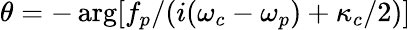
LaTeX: \theta=-\arg[f_{p}/(i(\omega_{c}-\omega_{p})+\kappa_{c}/2)]